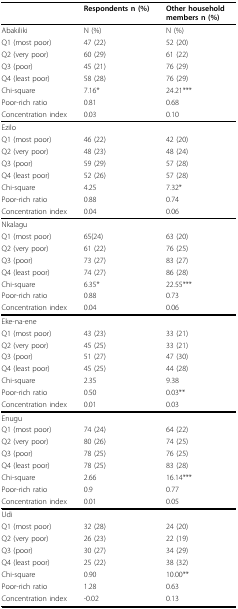
<table><thead><tr><td></td><td><b>Respondents n (%)</b></td><td><b>Other household members n (%)</b></td></tr></thead><tbody><tr><td>Abakiliki</td><td>N (%)</td><td>N (%)</td></tr><tr><td>Q1 (most poor)</td><td>47 (22)</td><td>52 (20)</td></tr><tr><td>Q2 (very poor)</td><td>60 (29)</td><td>61 (22)</td></tr><tr><td>Q3 (poor)</td><td>45 (21)</td><td>76 (29)</td></tr><tr><td>Q4 (least poor)</td><td>58 (28)</td><td>76 (29)</td></tr><tr><td>Chi-square</td><td>7.16*</td><td>24.21***</td></tr><tr><td>Poor-rich ratio</td><td>0.81</td><td>0.68</td></tr><tr><td>Concentration index</td><td>0.03</td><td>0.10</td></tr><tr><td>Ezilo</td><td></td><td></td></tr><tr><td>Q1 (most poor)</td><td>46 (22)</td><td>42 (20)</td></tr><tr><td>Q2 (very poor)</td><td>48 (23)</td><td>48 (24)</td></tr><tr><td>Q3 (poor)</td><td>59 (29)</td><td>57 (28)</td></tr><tr><td>Q4 (least poor)</td><td>52 (26)</td><td>57 (28)</td></tr><tr><td>Chi-square</td><td>4.25</td><td>7.32*</td></tr><tr><td>Poor-rich ratio</td><td>0.88</td><td>0.74</td></tr><tr><td>Concentration index</td><td>0.04</td><td>0.06</td></tr><tr><td>Nkalagu</td><td></td><td></td></tr><tr><td>Q1 (most poor)</td><td>65(24)</td><td>63 (20)</td></tr><tr><td>Q2 (very poor)</td><td>61 (22)</td><td>76 (25)</td></tr><tr><td>Q3 (poor)</td><td>73 (27)</td><td>83 (27)</td></tr><tr><td>Q4 (least poor)</td><td>74 (27)</td><td>86 (28)</td></tr><tr><td>Chi-square</td><td>6.35*</td><td>22.55***</td></tr><tr><td>Poor-rich ratio</td><td>0.88</td><td>0.73</td></tr><tr><td>Concentration index</td><td>0.04</td><td>0.06</td></tr><tr><td>Eke-na-ene</td><td></td><td></td></tr><tr><td>Q1 (most poor)</td><td>43 (23)</td><td>33 (21)</td></tr><tr><td>Q2 (very poor)</td><td>45 (25)</td><td>33 (21)</td></tr><tr><td>Q3 (poor)</td><td>51 (27)</td><td>47 (30)</td></tr><tr><td>Q4 (least poor)</td><td>45 (25)</td><td>44 (28)</td></tr><tr><td>Chi-square</td><td>2.35</td><td>9.38</td></tr><tr><td>Poor-rich ratio</td><td>0.50</td><td>0.03**</td></tr><tr><td>Concentration index</td><td>0.01</td><td>0.03</td></tr><tr><td>Enugu</td><td></td><td></td></tr><tr><td>Q1 (most poor)</td><td>74 (24)</td><td>64 (22)</td></tr><tr><td>Q2 (very poor)</td><td>80 (26)</td><td>74 (25)</td></tr><tr><td>Q3 (poor)</td><td>78 (25)</td><td>76 (25)</td></tr><tr><td>Q4 (least poor)</td><td>78 (25)</td><td>83 (28)</td></tr><tr><td>Chi-square</td><td>2.66</td><td>16.14***</td></tr><tr><td>Poor-rich ratio</td><td>0.9</td><td>0.77</td></tr><tr><td>Concentration index</td><td>0.01</td><td>0.05</td></tr><tr><td>Udi</td><td></td><td></td></tr><tr><td>Q1 (most poor)</td><td>32 (28)</td><td>24 (20)</td></tr><tr><td>Q2 (very poor)</td><td>26 (23)</td><td>22 (19)</td></tr><tr><td>Q3 (poor)</td><td>30 (27)</td><td>34 (29)</td></tr><tr><td>Q4 (least poor)</td><td>25 (22)</td><td>38 (32)</td></tr><tr><td>Chi-square</td><td>0.90</td><td>10.00**</td></tr><tr><td>Poor-rich ratio</td><td>1.28</td><td>0.63</td></tr><tr><td>Concentration index</td><td>-0.02</td><td>0.13</td></tr></tbody></table>